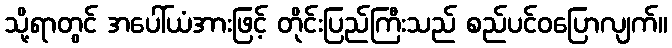
သို့ရာတွင် အပေါ်ယံအားဖြင့် တိုင်းပြည်ကြီးသည် စည်ပင်ဝပြောလျက်။